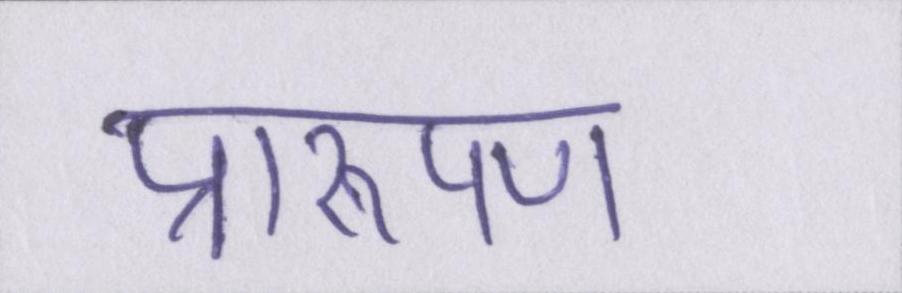
प्रारूपण